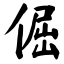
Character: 倔